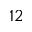
^ { 1 2 }